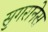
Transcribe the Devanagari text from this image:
सुगरानेस